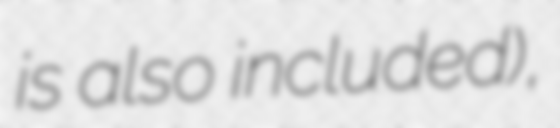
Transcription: is also included),